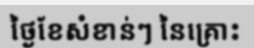
ថ្ងៃខែសំខាន់ៗ នៃគ្រោះ